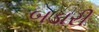
બડારી